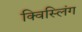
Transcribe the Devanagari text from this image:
क्विस्लिंग